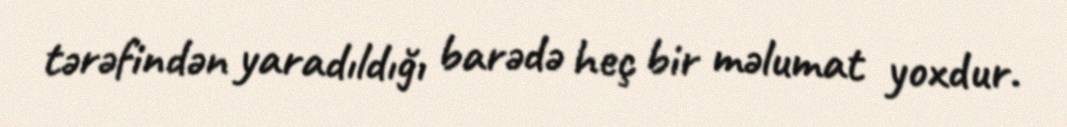
tərəfindən yaradıldığı barədə heç bir məlumat yoxdur.